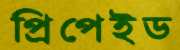
প্রিপেইড